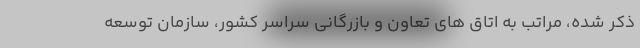
ذکر شده، مراتب به اتاق های تعاون و بازرگانی سراسر کشور، سازمان توسعه